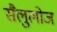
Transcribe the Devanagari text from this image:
सैलुलोज